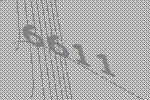
6611